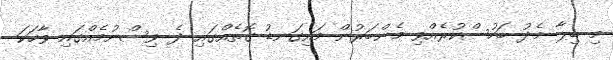
މި ބިލާ މެދު ބަހުސްކުރެއްވި މެންބަރުން މައިގަނޑު ގޮތެއްގައި ދެ ވިސްނުމެއްގައި ވާހަކަ